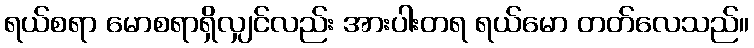
ရယ်စရာ မောစရာရှိလျှင်လည်း အားပါးတရ ရယ်မော တတ်လေသည်။